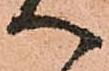
へ